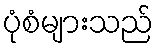
ပုံစံများသည်